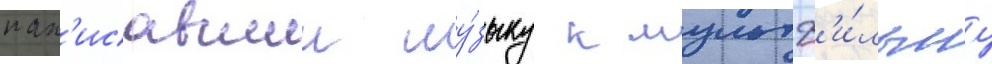
нап'исавшии му́зыку к мультф'и́льму